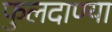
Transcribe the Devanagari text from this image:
फुलदाण्या